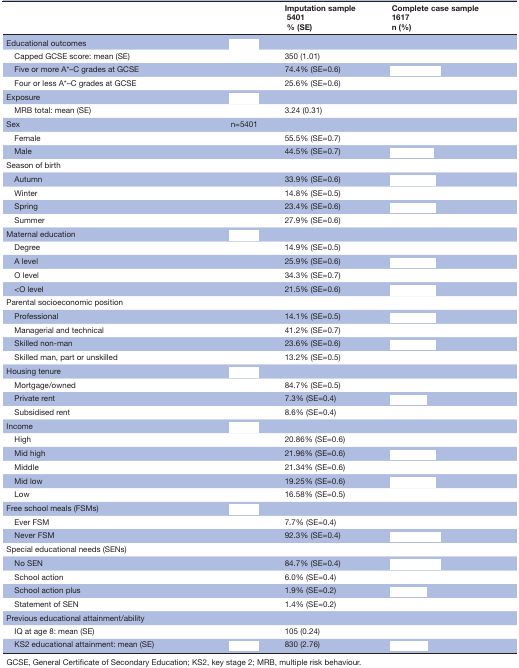
<table><thead><tr><td colspan="2">[EMPTY_CELL]</td><td><b>Imputation sample 5401 % (SE)</b></td><td><b>Complete case sample 1617 n (%)</b></td></tr></thead><tbody><tr><td>Educational outcomes</td><td>[EMPTY_CELL]</td><td>[EMPTY_CELL]</td><td>[EMPTY_CELL]</td></tr><tr><td> Capped GCSE score: mean (SE)</td><td>[EMPTY_CELL]</td><td>350 (1.01)</td><td>[EMPTY_CELL]</td></tr><tr><td> Five or more A*–C grades at GCSE</td><td>[EMPTY_CELL]</td><td>74.4% (SE=0.6)</td><td>[EMPTY_CELL]</td></tr><tr><td> Four or less A*–C grades at GCSE</td><td>[EMPTY_CELL]</td><td>25.6% (SE=0.6)</td><td>[EMPTY_CELL]</td></tr><tr><td>Exposure</td><td>[EMPTY_CELL]</td><td>[EMPTY_CELL]</td><td>[EMPTY_CELL]</td></tr><tr><td> MRB total: mean (SE)</td><td>[EMPTY_CELL]</td><td>3.24 (0.31)</td><td>[EMPTY_CELL]</td></tr><tr><td>Sex</td><td>n=5401</td><td>[EMPTY_CELL]</td><td>[EMPTY_CELL]</td></tr><tr><td> Female</td><td>[EMPTY_CELL]</td><td>55.5% (SE=0.7)</td><td>[EMPTY_CELL]</td></tr><tr><td> Male</td><td>[EMPTY_CELL]</td><td>44.5% (SE=0.7)</td><td>[EMPTY_CELL]</td></tr><tr><td>Season of birth</td><td>[EMPTY_CELL]</td><td>[EMPTY_CELL]</td><td>[EMPTY_CELL]</td></tr><tr><td> Autumn</td><td>[EMPTY_CELL]</td><td>33.9% (SE=0.6)</td><td>[EMPTY_CELL]</td></tr><tr><td> Winter</td><td>[EMPTY_CELL]</td><td>14.8% (SE=0.5)</td><td>[EMPTY_CELL]</td></tr><tr><td> Spring</td><td>[EMPTY_CELL]</td><td>23.4% (SE=0.6)</td><td>[EMPTY_CELL]</td></tr><tr><td> Summer</td><td>[EMPTY_CELL]</td><td>27.9% (SE=0.6)</td><td>[EMPTY_CELL]</td></tr><tr><td>Maternal education</td><td>[EMPTY_CELL]</td><td>[EMPTY_CELL]</td><td>[EMPTY_CELL]</td></tr><tr><td> Degree</td><td>[EMPTY_CELL]</td><td>14.9% (SE=0.5)</td><td>[EMPTY_CELL]</td></tr><tr><td> A level</td><td>[EMPTY_CELL]</td><td>25.9% (SE=0.6)</td><td>[EMPTY_CELL]</td></tr><tr><td> O level</td><td>[EMPTY_CELL]</td><td>34.3% (SE=0.7)</td><td>[EMPTY_CELL]</td></tr><tr><td> <o level=""><td>[EMPTY_CELL]</td><td>21.5% (SE=0.6)</td><td>[EMPTY_CELL]</td></o></td></tr><tr><td>Parental socioeconomic position</td><td>[EMPTY_CELL]</td><td>[EMPTY_CELL]</td><td>[EMPTY_CELL]</td></tr><tr><td> Professional</td><td>[EMPTY_CELL]</td><td>14.1% (SE=0.5)</td><td>[EMPTY_CELL]</td></tr><tr><td> Managerial and technical</td><td>[EMPTY_CELL]</td><td>41.2% (SE=0.7)</td><td>[EMPTY_CELL]</td></tr><tr><td> Skilled non-man</td><td>[EMPTY_CELL]</td><td>23.6% (SE=0.6)</td><td>[EMPTY_CELL]</td></tr><tr><td> Skilled man, part or unskilled</td><td>[EMPTY_CELL]</td><td>13.2% (SE=0.5)</td><td>[EMPTY_CELL]</td></tr><tr><td>Housing tenure</td><td>[EMPTY_CELL]</td><td>[EMPTY_CELL]</td><td>[EMPTY_CELL]</td></tr><tr><td> Mortgage/owned</td><td>[EMPTY_CELL]</td><td>84.7% (SE=0.5)</td><td>[EMPTY_CELL]</td></tr><tr><td> Private rent</td><td>[EMPTY_CELL]</td><td>7.3% (SE=0.4)</td><td>[EMPTY_CELL]</td></tr><tr><td> Subsidised rent</td><td>[EMPTY_CELL]</td><td>8.6% (SE=0.4)</td><td>[EMPTY_CELL]</td></tr><tr><td>Income</td><td>[EMPTY_CELL]</td><td>[EMPTY_CELL]</td><td>[EMPTY_CELL]</td></tr><tr><td> High</td><td>[EMPTY_CELL]</td><td>20.86% (SE=0.6)</td><td>[EMPTY_CELL]</td></tr><tr><td> Mid high</td><td>[EMPTY_CELL]</td><td>21.96% (SE=0.6)</td><td>[EMPTY_CELL]</td></tr><tr><td> Middle</td><td>[EMPTY_CELL]</td><td>21.34% (SE=0.6)</td><td>[EMPTY_CELL]</td></tr><tr><td> Mid low</td><td>[EMPTY_CELL]</td><td>19.25% (SE=0.6)</td><td>[EMPTY_CELL]</td></tr><tr><td> Low</td><td>[EMPTY_CELL]</td><td>16.58% (SE=0.5)</td><td>[EMPTY_CELL]</td></tr><tr><td>Free school meals (FSMs)</td><td>[EMPTY_CELL]</td><td>[EMPTY_CELL]</td><td>[EMPTY_CELL]</td></tr><tr><td> Ever FSM</td><td>[EMPTY_CELL]</td><td>7.7% (SE=0.4)</td><td>[EMPTY_CELL]</td></tr><tr><td> Never FSM</td><td>[EMPTY_CELL]</td><td>92.3% (SE=0.4)</td><td>[EMPTY_CELL]</td></tr><tr><td>Special educational needs (SENs)</td><td>[EMPTY_CELL]</td><td>[EMPTY_CELL]</td><td>[EMPTY_CELL]</td></tr><tr><td> No SEN</td><td>[EMPTY_CELL]</td><td>84.7% (SE=0.4)</td><td>[EMPTY_CELL]</td></tr><tr><td> School action</td><td>[EMPTY_CELL]</td><td>6.0% (SE=0.4)</td><td>[EMPTY_CELL]</td></tr><tr><td> School action plus</td><td>[EMPTY_CELL]</td><td>1.9% (SE=0.2)</td><td>[EMPTY_CELL]</td></tr><tr><td> Statement of SEN</td><td>[EMPTY_CELL]</td><td>1.4% (SE=0.2)</td><td>[EMPTY_CELL]</td></tr><tr><td>Previous educational attainment/ability</td><td>[EMPTY_CELL]</td><td>[EMPTY_CELL]</td><td>[EMPTY_CELL]</td></tr><tr><td> IQ at age 8: mean (SE)</td><td>[EMPTY_CELL]</td><td>105 (0.24)</td><td>[EMPTY_CELL]</td></tr><tr><td> KS2 educational attainment: mean (SE)</td><td>[EMPTY_CELL]</td><td>830 (2.76)</td><td>[EMPTY_CELL]</td></tr></tbody></table>